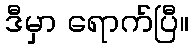
ဒီမှာ ရောက်ပြီ။